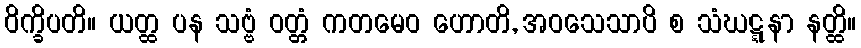
ဝိက္ခိပတိ။ ယတ္ထ ပန သဗ္ဗံ ဝတ္တံ ကတမေဝ ဟောတိ, အဝသေသာပိ စ သံဃဋ္ဋနာ နတ္ထိ။